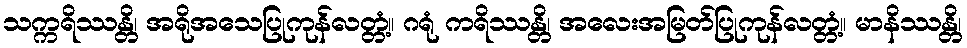
သက္ကရိဿန္တိ၊ အရိုအသေပြုကုန်လတ္တံ့။ ဂရုံ ကရိဿန္တိ၊ အလေးအမြတ်ပြုကုန်လတ္တံ့။ မာနိဿန္တိ၊